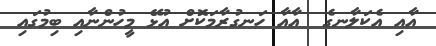
އާއި އެކަލާނގެ  އާއާ ހަނގުރާމަކޮށް އުޅޭ މީހުންނާއި ބިމުގައި